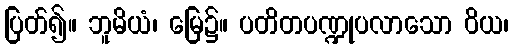
ပြတ်၍။ ဘူမိယံ၊ မြေ၌။ ပတိတပဏ္ဍုပလာသော ဝိယ၊